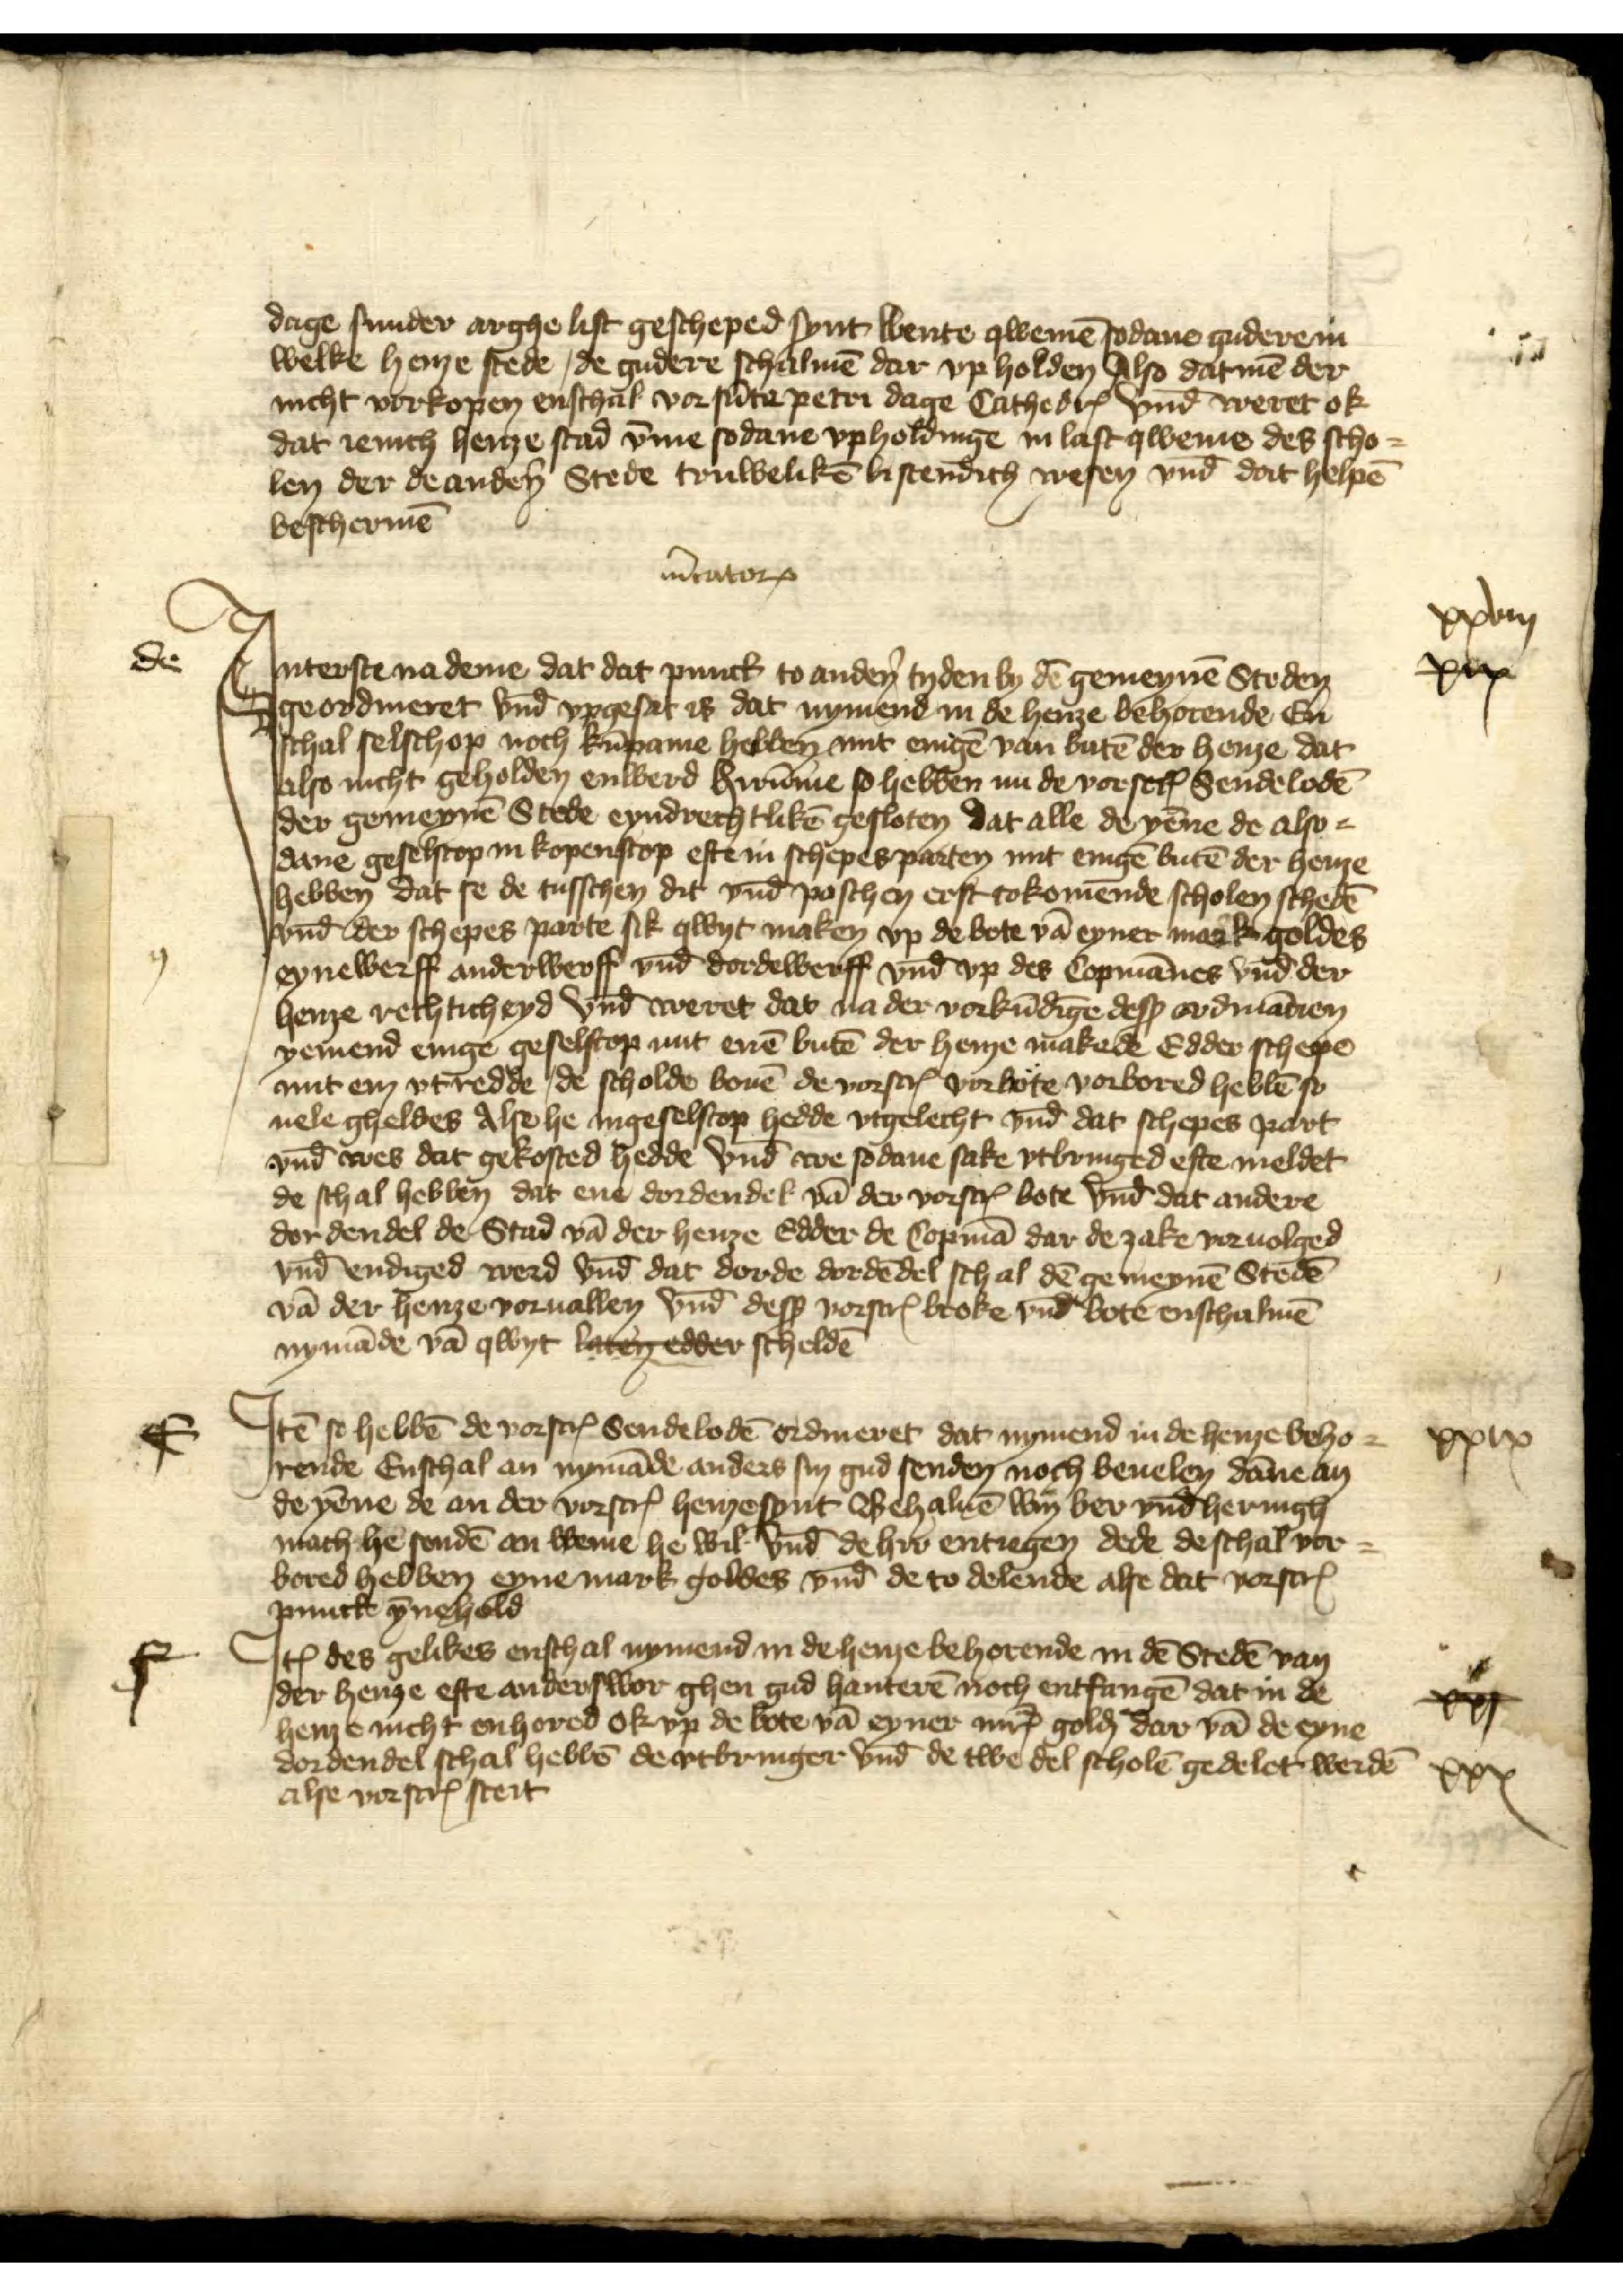
dage sunder arghelist gescheped synt wente qwemē sodane gudere in
welke henze stede, de gudere schalmē dar vpholden Also datmē der
nicht vorkopen enschal vorsūte Peter dage CathedrꝬ vnd̄ weret ok
dat ienich henze stad v̄me sodane vpholdinge in last qweme des scho¬
len der de andẻn Stede truwelikē bistendich wesen vnd dat helpē
beschermē

de

m̉catorꝬ
Jnterste na deme dat dat punct to andẻn tyden by dē gemeynē Steden
geordineret vnd̄ vpgesat is dat nymend in de henze behorende En
schal selschop noch kūpame hebben mit enigē van butē der henze dat
also nicht geholden enwerd Hirūme so hebben na de vorscrꝬ Sendebodē
der gemeynē Stede eyndrechtlikē gesloten dat alle de yēne de also¬
dane geselscop in kopenscop eft in schepes parten mit enigē butē der henze
hebben dat se de tusschen dit vnd̄ poschen erst tokomende scholen schedē
vnd̄ der schepes parte sik qwyt maken vp de bote vā eyne mark goldes
eynewerff anderwerff vnd̄ dordewerff vnd̄ vp des Copmānes vnd̄ der
henze rechticheyd vnd̄ weret dat na der vorkūdīge desß ordinācien
yemend enige geselscop mit enē butē der henze makede Edder schepe
mit em vtredde, de scholde bouē de vorscrꝬ vorbote vorbored hebbē so
uele gheldes Alse he in geselscop hedde vtgelecht vnd̄ dat schepes part
vnd̄ wes dat gekosted hedde vnd̄ we sodane sake vtbringed efte meldet
de schal hebben dat ene dordendel vā der vorscrꝬ bote vnd̄ dat andere
dor dendel de Stad vā der henze edder de Copmā dar de zake voruolged
vnd̄ endiged werd vnd̄ dat dorde dordēdel schal dē gemeynē Stedē
vā der henze voruallen vnd̄ desß vorscrꝬ broke vnd̄ bote enschalmē
nymāde vā qwyt laten edder scheldē

xxviij
xx

e

Jtē se hebbē de vorscrꝬ Sendebodē ordineret dat nymend in de henze beho¬
rende enschal an nymāde anders sin gud senden noch beuelen dāne an
de yēne de an der vorscrꝬ henze synt Behaluē Win ber vnd̄ heringh
mach he sendē an weme he wil vnd̄ de he entiegen dede de schal vor¬
bored hebben eyne mark goldes vnd̄ de to delende alse dat vorscrꝬ
puncte ȳnehold

xxix

f

Jꝷ des gelikes enschal nymend in de henze behorende in dē Stedē van
der henze efte anderswor ghen gud hanterē noch entfangē dat in de
here nicht enhored ok vpp de bote vā eyner mrꝬ golḑ dar vā de eyne
dordendel schal hebbē de vtbringer vnd̄ de twe del scholē gedelet werdē
alse vorscrꝬ steit

xvj
xxx